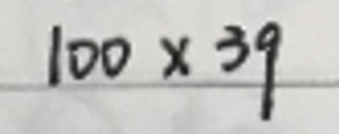
$100\times39$